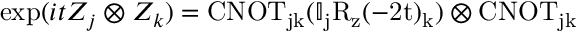
\exp ( i t Z _ { j } \otimes Z _ { k } ) = \mathrm { { C N O T } _ { j k } ( \mathbb { I } _ { j } R _ { z } ( - 2 t ) _ { k } ) \otimes \mathrm { { C N O T } _ { j k } } }